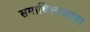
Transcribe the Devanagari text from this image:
समाधिस्थळावर